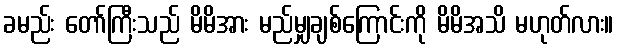
ခမည်း တော်ကြီးသည် မိမိအား မည်မျှချစ်ကြောင်းကို မိမိအသိ မဟုတ်လား။